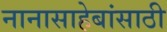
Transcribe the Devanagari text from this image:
नानासाहेबांसाठी